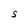
Character: S